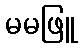
မမဖြူ